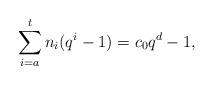
LaTeX: \begin{align*}\sum_{i=a}^t n_i(q^i-1)=c_0q^{d}-1,\end{align*}